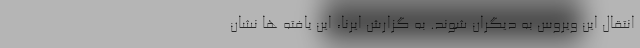
انتقال این ویروس به دیگران شوند. به گزارش ایرنا، این یافته ها نشان